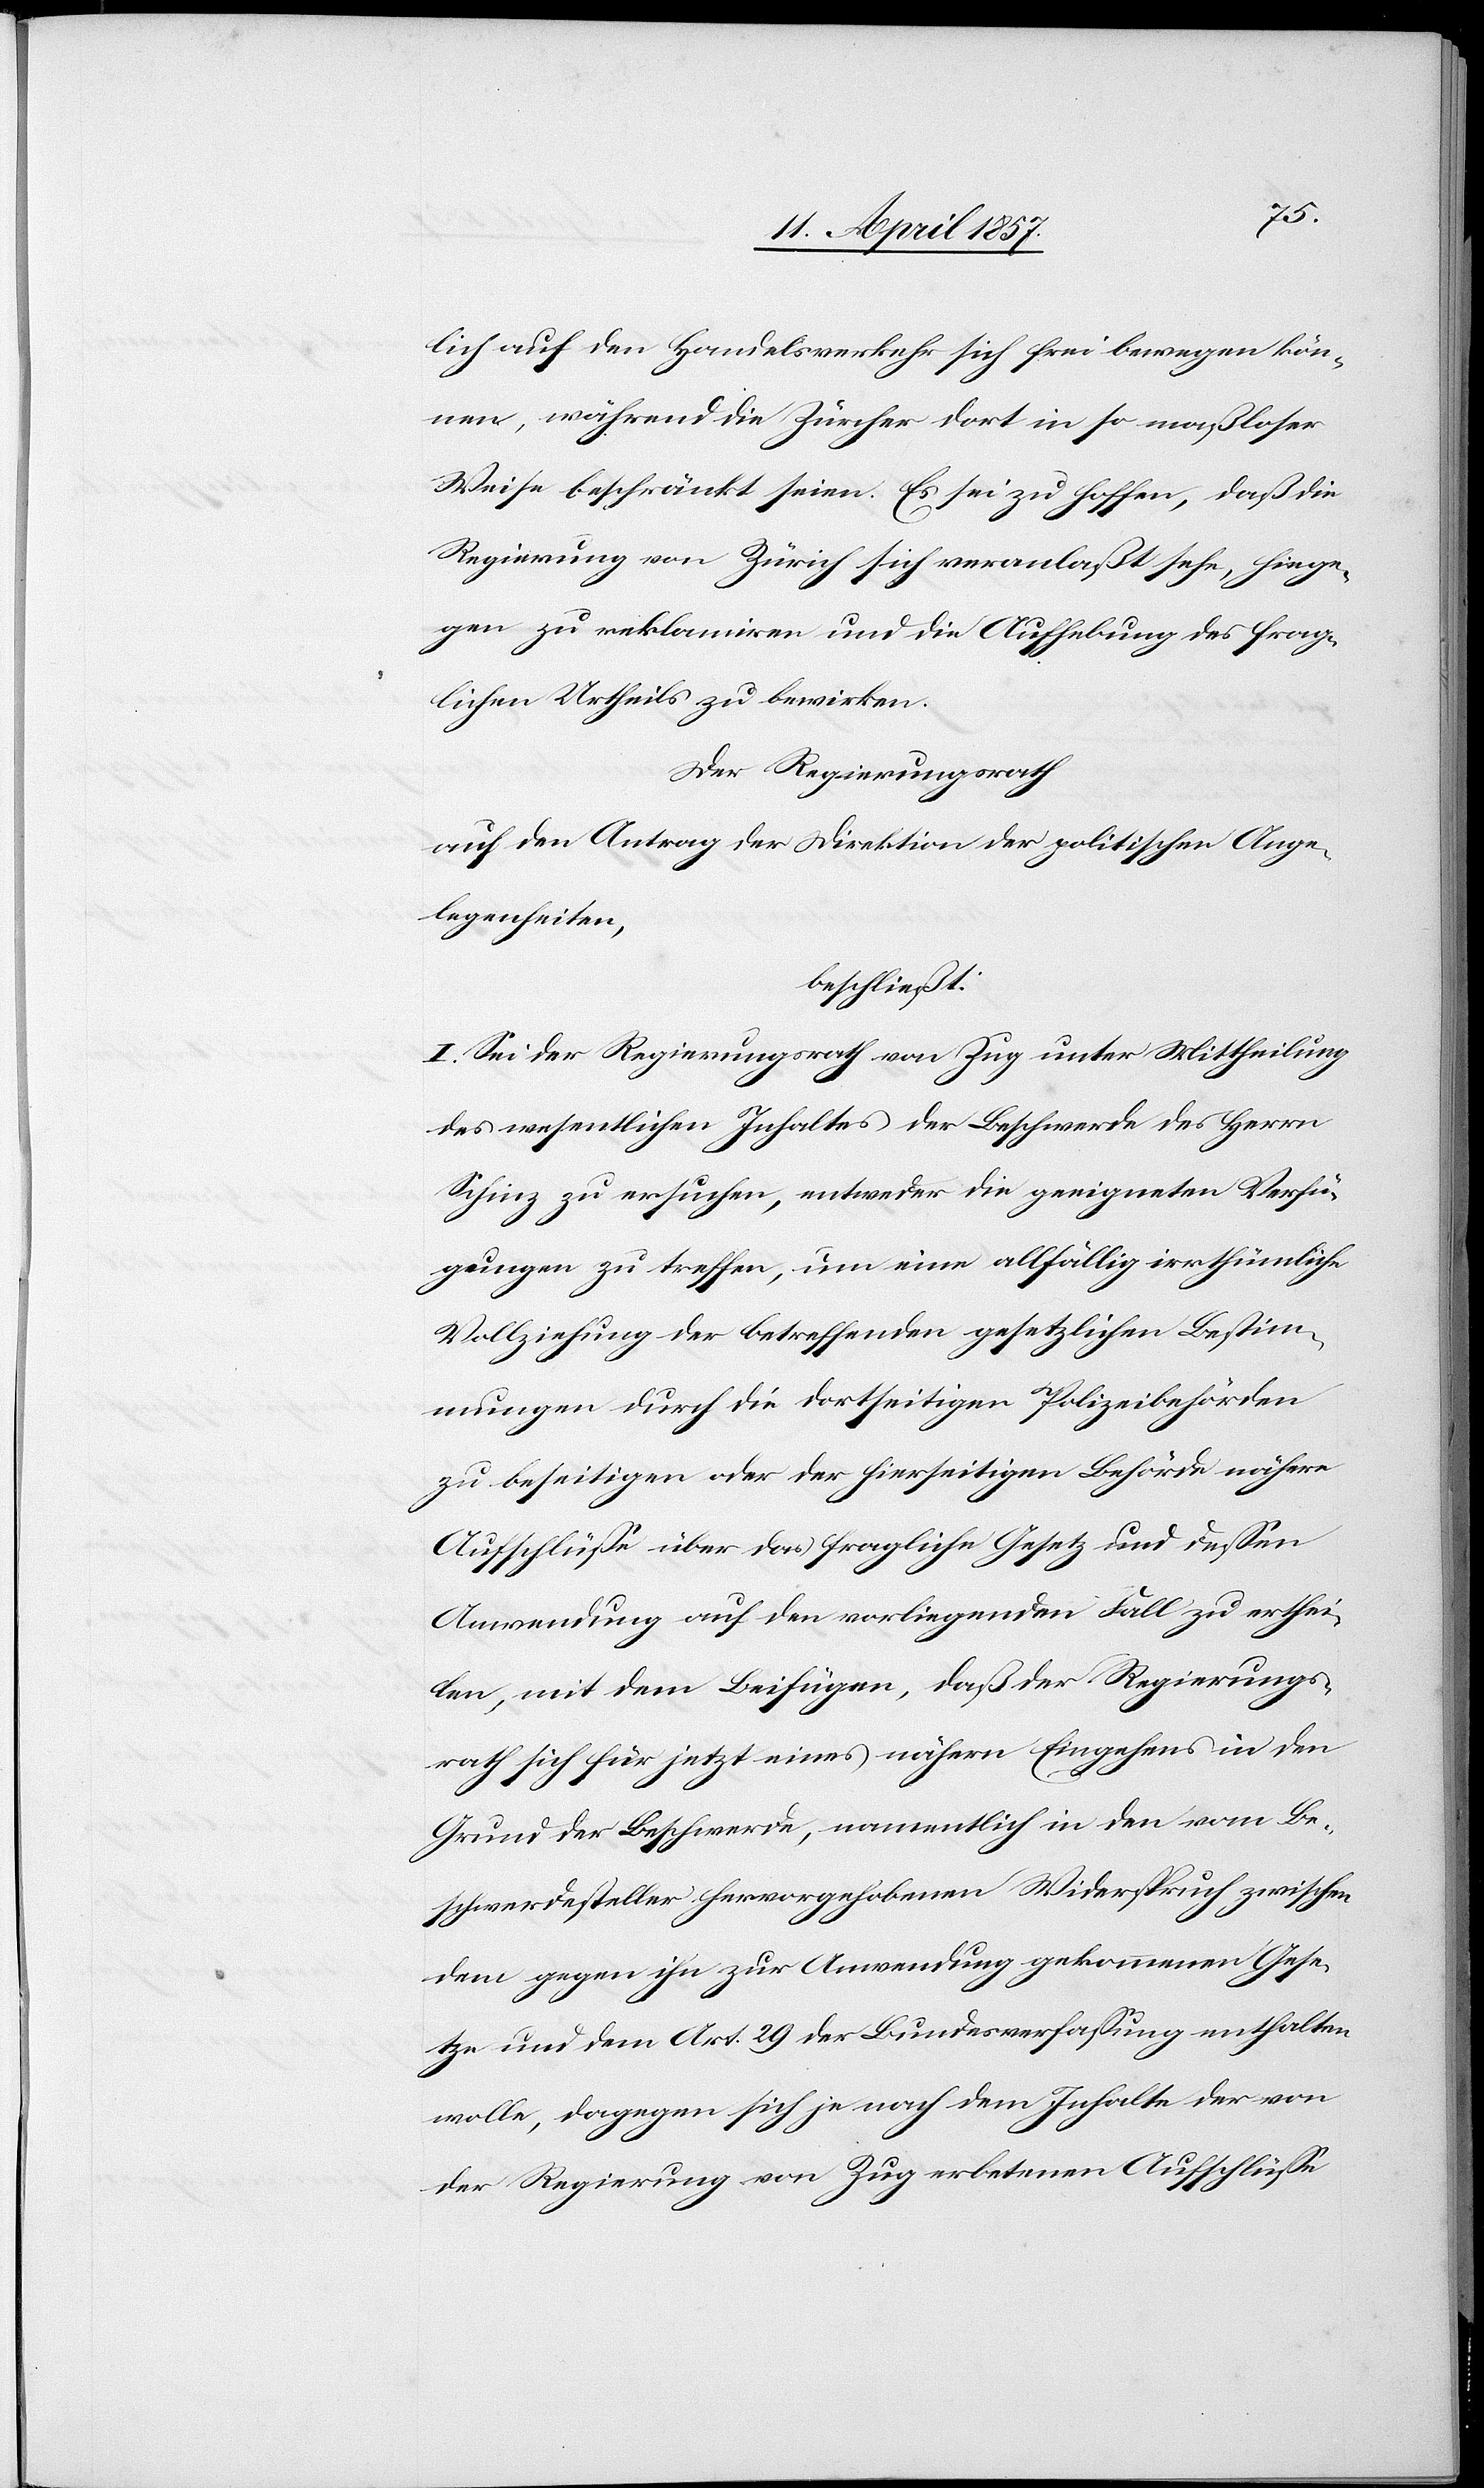
lich auf den Handelsverkehr sich frei bewegen kön¬
nen, während die Zürcher dort in so maßloser
Weise beschränkt seien. Es sei zu hoffen, daß die
Regierung von Zürich sich veranlaßt sehe, hiege¬
gen zu reklamiren und die Aufhebung des frag¬
lichen Urtheils zu bewirken.
Der Regierungsrath
auf den Antrag der Direktion der politischen Ange¬
legenheiten,
beschließt:
I. Sei der Regierungsrath von Zug unter Mittheilung
des wesentlichen Inhaltes der Beschwerde des Herrn
Schinz zu ersuchen, entweder die geeigneten Verfü¬
gungen zu treffen, um eine allfällig irrthümliche
Vollziehung der betreffenden gesetzlichen Bestim¬
mungen durch die dortseitigen Polizeibehörden
zu beseitigen oder der hierseitigen Behörde nähere
Aufschlüsse über das fragliche Gesetz und dessen
Anwendung auf den vorliegenden Fall zu erthei¬
len, mit dem Beifügen, daß der Regierungs¬
rath sich für jetzt eines nähern Eingehens in den
Grund der Beschwerde, namentlich in den vom Be¬
schwerdesteller hervorgehobenen Widerspruch zwischen
dem gegen ihn zur Anwendung gekommenen Gese¬
tze und dem Art. 29 der Bundesverfassung enthalten
wolle, dagegen sich je nach dem Inhalte der von
der Regierung von Zug erbetenen Aufschlüsse